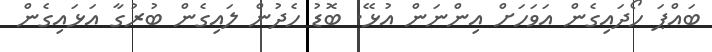
ބައްޕަ ހޯދައިގެން އަވަހަށް އިންނަން އުޅޭ. ބޮޑު ހެދުން ލައިގެން ބުރުގާ އަޅައިގެން